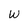
Character: W